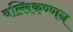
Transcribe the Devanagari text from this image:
वल्लिकण्णन